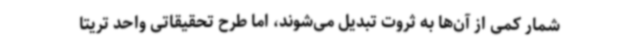
شمار کمی از آن‌ها به ثروت تبدیل می‌شوند، اما طرح تحقیقاتی واحد تریتا